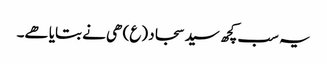
یہ سب کچھ سید سجاد (ع) ھی نے بتایا ھے۔